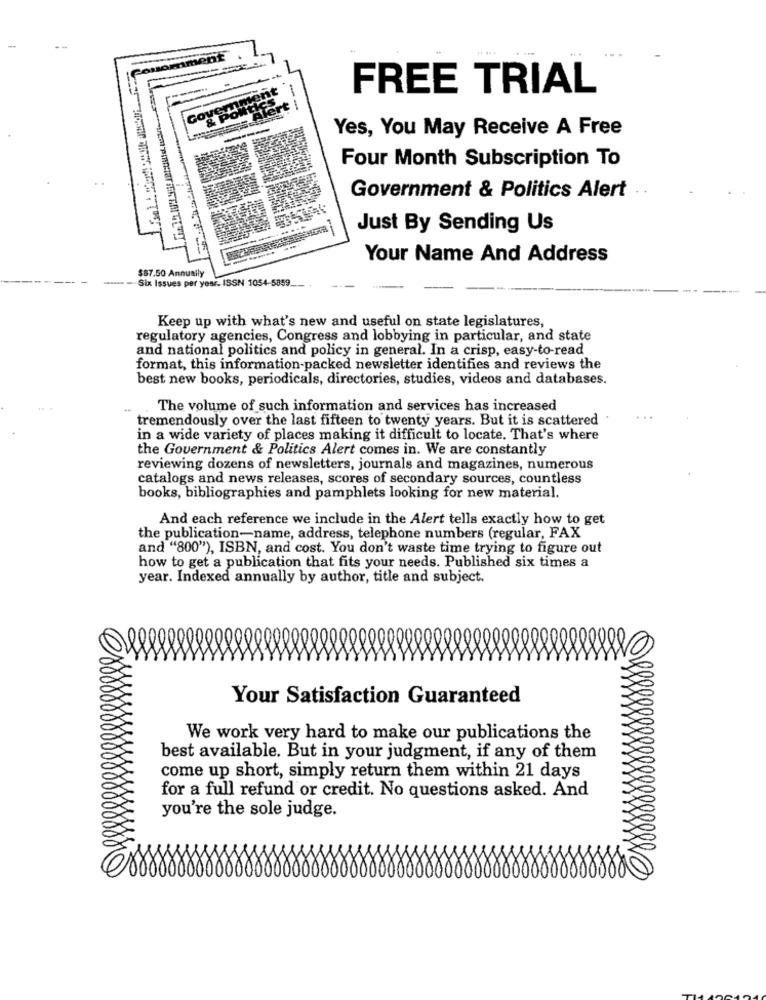
FREE TRIAL
Yes, You May Receive A Free
Four Month Subscription To
Government & Politics Alert
Just By Sending Us
Your Name And Address
$87.50 Annually
- - Six Issues per year. ISSN 1054-5859.
Keep up with what's new and useful on state legislatures,
regulatory agencies, Congress and lobbying in particular, and state
and national politics and policy in general. In a crisp, easy-to-read
format, this information-packed newsletter identifies and reviews the
best new books, periodicals, directories, studies, videos and databases.
The volume of such information and services has increased
tremendously over the last fifteen to twenty years. But it is scattered
in a wide variety of places making it difficult to locate. That's where
the Government & Politics Alert comes in. We are constantly
reviewing dozens of newsletters, journals and magazines, numerous
catalogs and news releases, scores of secondary sources, countless
books, bibliographies and pamphlets looking for new material.
And each reference we include in the Alert tells exactly how to get
the publication-name, address, telephone numbers (regular, FAX
and "800"), ISBN, and cost. You don't waste time trying to figure out
how to get a publication that fits your needs. Published six times a
year. Indexed annually by author, title and subject.
Your Satisfaction Guaranteed
We work very hard to make our publications the
best available. But in your judgment, if any of them
come up short, simply return them within 21 days
for a full refund or credit. No questions asked. And
you're the sole judge.